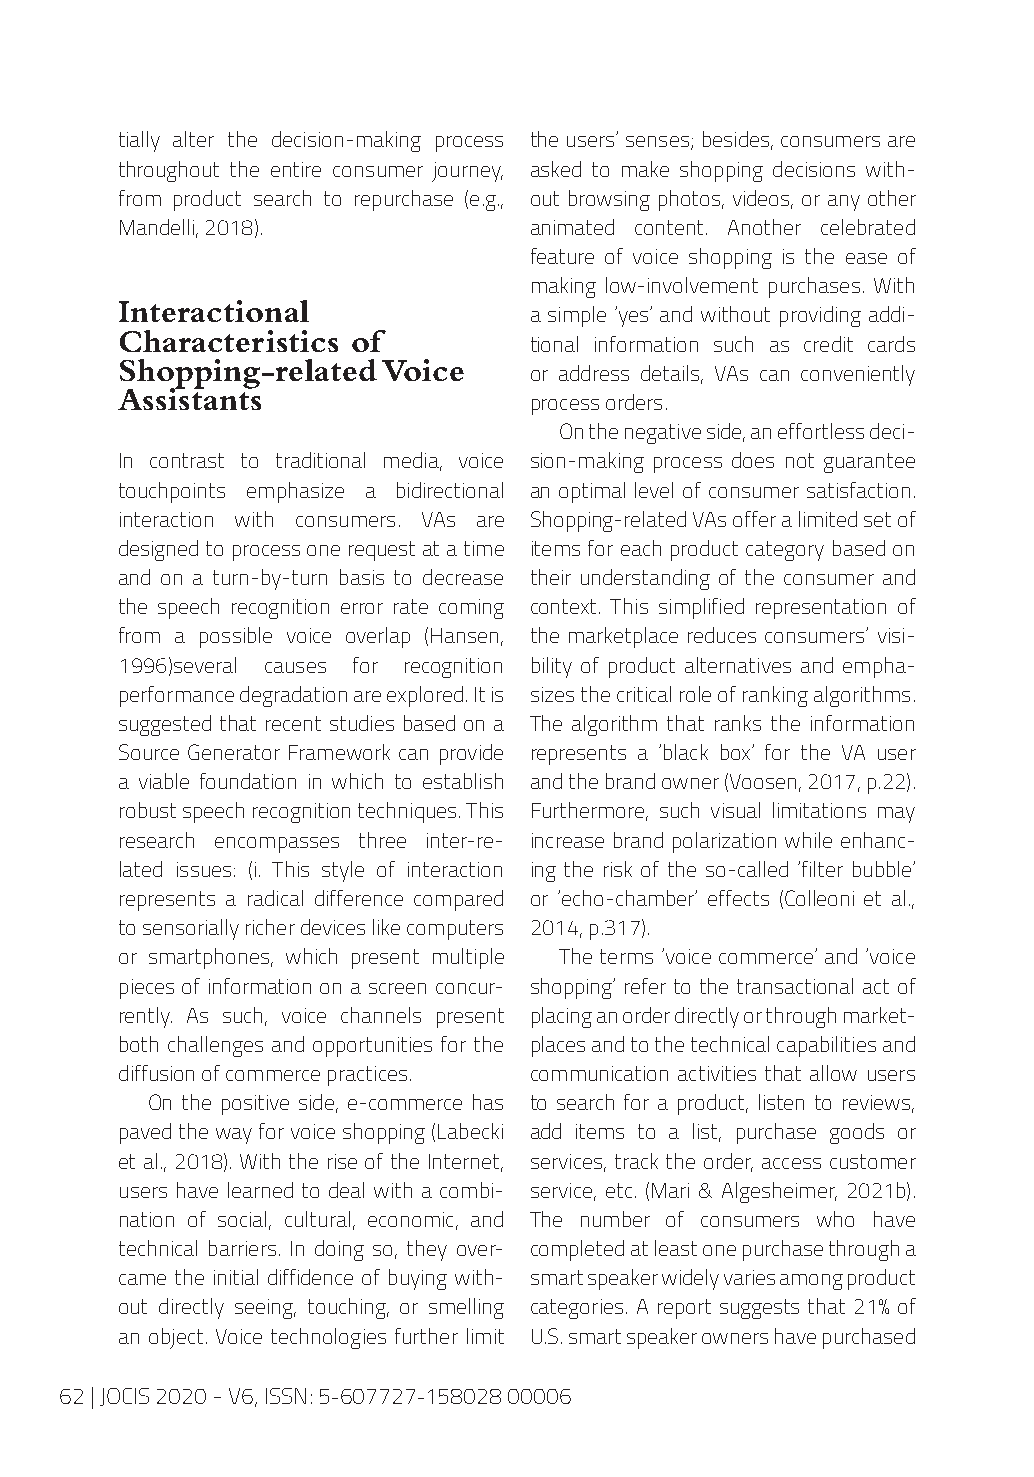
tially alter the decision-making process the users’ senses; besides, consumers are
 throughout the entire consumer journey, asked to make shopping decisions with-
 from product search to repurchase (e.g., out browsing photos, videos, or any other
 Mandelli, 2018).           animated content. Another celebrated
 feature of voice shopping is the ease of
 making low-involvement purchases. With
 Interactional
 a simple ‘yes’ and without providing addi-
 Characteristics of
 tional information such as credit cards
 Shopping-related Voice
 or address details, VAs can conveniently
 Assistants
 process orders.
 On the negative side, an effortless deci-
 In contrast to traditional media, voice sion-making process does not guarantee
 touchpoints emphasize a bidirectional an optimal level of consumer satisfaction.
 interaction with consumers. VAs are Shopping-related VAs offer a limited set of
 designed to process one request at a time items for each product category based on
 and on a turn-by-turn basis to decrease their understanding of the consumer and
 the speech recognition error rate coming context. This simplified representation of
 from a possible voice overlap (Hansen, the marketplace reduces consumers’ visi-
 1996)several causes for recognition bility of product alternatives and empha-
 performance degradation are explored. It is sizes the critical role of ranking algorithms.
 suggested that recent studies based on a The algorithm that ranks the information
 Source Generator Framework can provide represents a ‘black box’ for the VA user
 a viable foundation in which to establish and the brand owner (Voosen, 2017, p.22).
 robust speech recognition techniques. This Furthermore, such visual limitations may
 research encompasses three inter-re- increase brand polarization while enhanc-
 lated issues: (i. This style of interaction ing the risk of the so-called ‘filter bubble’
 represents a radical difference compared or ‘echo-chamber’ effects (Colleoni et al.,
 to sensorially richer devices like computers 2014, p.317).
 or smartphones, which present multiple The terms ‘voice commerce’ and ‘voice
 pieces of information on a screen concur- shopping’ refer to the transactional act of
 rently. As such, voice channels present placing an order directly or through market-
 both challenges and opportunities for the places and to the technical capabilities and
 diffusion of commerce practices. communication activities that allow users
 On the positive side, e-commerce has to search for a product, listen to reviews,
 paved the way for voice shopping (Labecki add items to a list, purchase goods or
 et al., 2018). With the rise of the Internet, services, track the order, access customer
 users have learned to deal with a combi- service, etc. (Mari & Algesheimer, 2021b).
 nation of social, cultural, economic, and The number of consumers who have
 technical barriers. In doing so, they over- completed at least one purchase through a
 came the initial diffidence of buying with- smart speaker widely varies among product
 out directly seeing, touching, or smelling categories. A report suggests that 21% of
 an object. Voice technologies further limit U.S. smart speaker owners have purchased
 62 | JOCIS 2020 - V6, ISSN: 5-607727-158028 00006